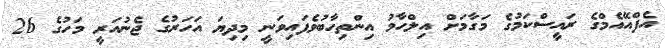
އެފްއޭއެމްގެ ރައީސްކަމުގެ މަގާމަށް އިލްހާމު އިންތިހާބުވެފައިވަނީ މިދިޔަ އަހަރުގެ ޖެނުއަރީ މަހުގެ 26